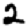
Digit: 2